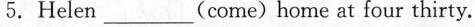
5.Helen___(come)home at four thirty.